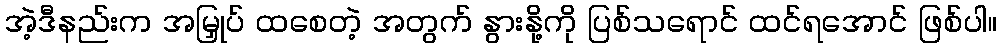
အဲ့ဒီနည်းက အမြှုပ် ထစေတဲ့ အတွက် နွားနို့ကို ပြစ်သရောင် ထင်ရအောင် ဖြစ်ပါ။